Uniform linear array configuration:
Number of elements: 64
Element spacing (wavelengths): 0.5
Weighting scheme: uniform
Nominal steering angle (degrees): -30
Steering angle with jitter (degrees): -29.744
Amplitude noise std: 0.05
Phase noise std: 0.05

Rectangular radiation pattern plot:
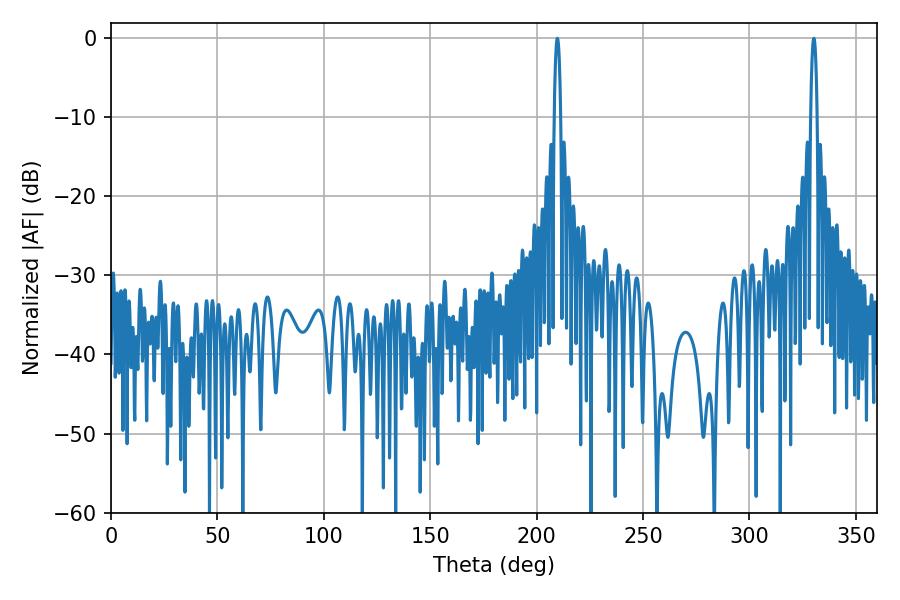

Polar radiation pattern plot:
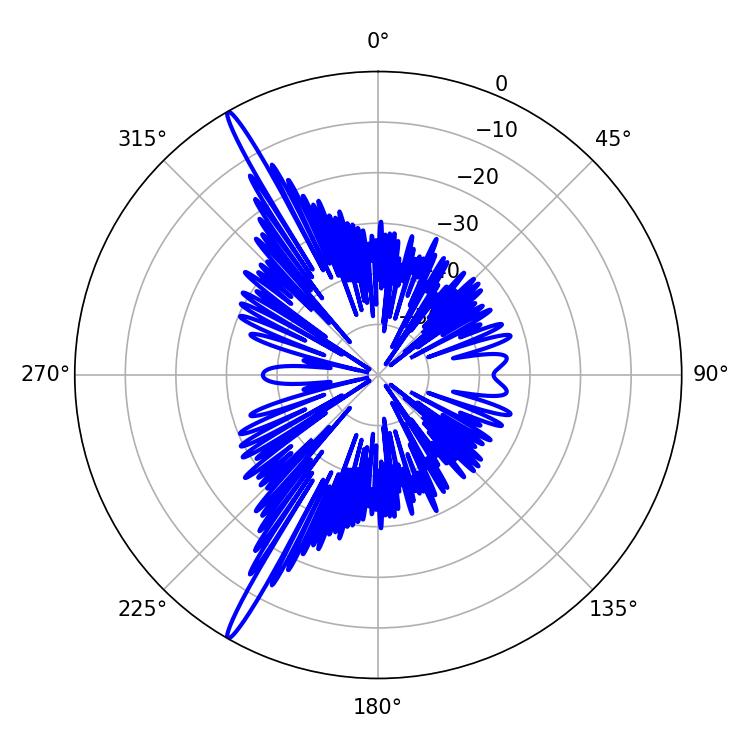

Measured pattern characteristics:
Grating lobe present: FALSE
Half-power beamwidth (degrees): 1.62
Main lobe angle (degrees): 209.7